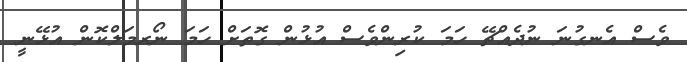
ވެސް އެނގުނަ ނުދެއްޗޭ ހަމަ ކުރިންވެސް އުޅުން ގޮތަށް ހަމަ ނޯރމަލްކޮން އުޅޭނީ